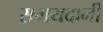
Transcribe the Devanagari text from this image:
समयदानी